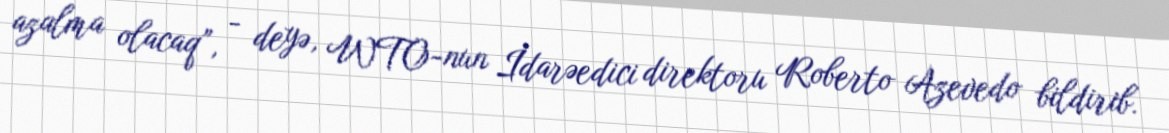
azalma olacaq”, - deyə, WTO-nun İdarəedici direktoru Roberto Azevedo bildirib.